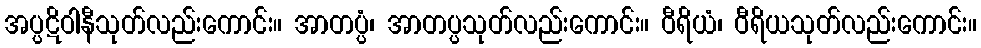
အပ္ပဋိဝါနီသုတ်လည်းကောင်း။ အာတပ္ပံ၊ အာတပ္ပသုတ်လည်းကောင်း။ ဝီရိယံ၊ ဝီရိယသုတ်လည်းကောင်း။